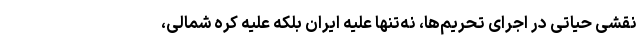
نقشی حیاتی در اجرای تحریم‌ها، نه‌تنها علیه ایران بلکه علیه کره شمالی،